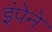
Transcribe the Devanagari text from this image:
इंपेने